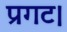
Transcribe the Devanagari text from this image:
प्रगट।